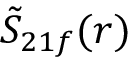
\tilde { S } _ { 2 1 f } ( r )